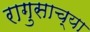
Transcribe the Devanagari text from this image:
रागुसाच्या